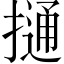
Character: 𢳟